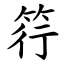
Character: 筕